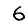
Digit: 6